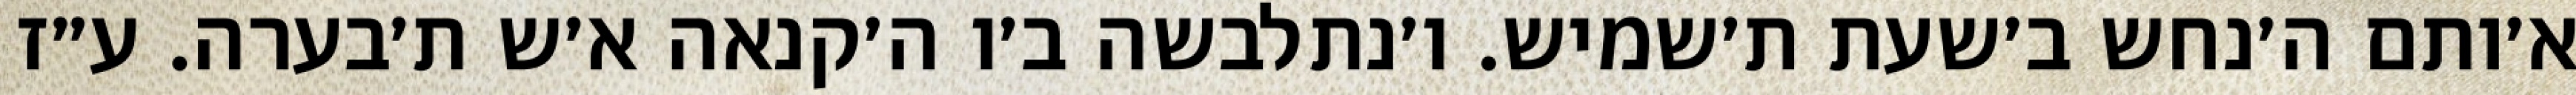
א׳ותם ה׳נחש ב׳שעת ת׳שמיש. ו׳נתלבשה ב׳ו ה׳קנאה א׳ש ת׳בערה. ע״ז